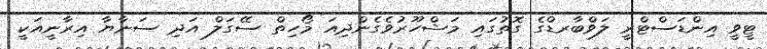
ޓީވީ އިންޑަސްޓްރީ ލަވްބާރޑްގެ ގޮތުގައި މަޝްހޫރުވެގެންދިއަ މޯހިތް ސޭގަލް އަދި ސަނާޔާ އިރާނީއަކީ